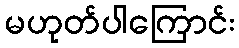
မဟုတ်ပါကြောင်း